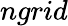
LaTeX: ngrid